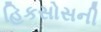
હિકસોસની